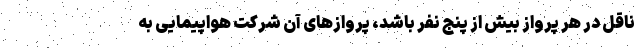
ناقل در هر پرواز بیش از پنج نفر باشد، پروازهای آن شرکت هواپیمایی به